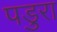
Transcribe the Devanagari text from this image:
पडुरा